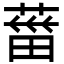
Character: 葘